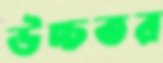
উচ্চতর